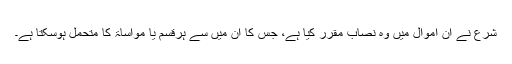
شرع نے ان اموال میں وہ نصاب مقرر کیا ہے، جس کا ان میں سے ہرقسم یا مواساۃ کا متحمل ہوسکتا ہے۔